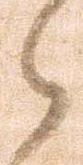
々